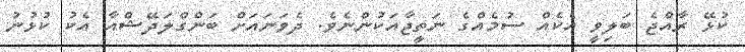
ކުޅޭ ރާއްޖެ ބަލިވީ އެކެއް ސުމެއްގެ ނަތީޖާއަކުންނެވެ. ދެވަނައަށް ބަންގްލަދޭޝްއާ އެކު ކުޅުނު